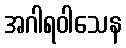
အဂါရဝါသေန